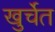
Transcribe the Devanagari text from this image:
खुर्चेत